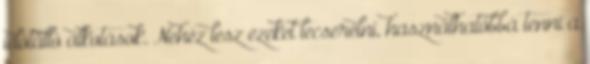
időtálló alkotások. Nehéz lesz ezeket lecserélni, használhatóbbá tenni a